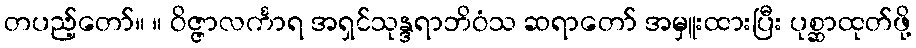
တပည့်တော်။ ။ ဝိဇ္ဇာလင်္ကာရ အရှင်သုန္ဒရာဘိဝံသ ဆရာတော် အမှူးထားပြီး ပုစ္ဆာထုတ်ဖို့